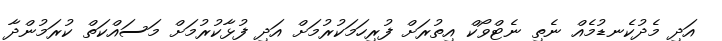
އަދި މެދުކެނޑުމެއް ނެތި ނެޓްވޯކް އިތުރަށް ފުރިހަމަކުރުމަށް އަދި ފުޅާކުރުމަށް މަސައްކަތް ކުރަމުންދާ